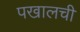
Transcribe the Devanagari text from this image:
पखालची